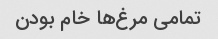
تمامی مرغ‌ها خام بودن